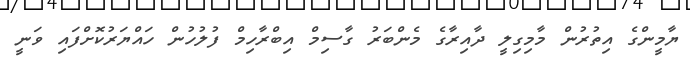
ޔާމީންގެ އިތުރުން މާމިގިލީ ދާއިރާގެ މެންބަރު ގާސިމް އިބްރާހިމް ފުލުހުން ހައްޔަރުކޮށްފައި ވަނީ